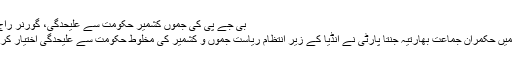
بی جے پی کی جموں کشمیر حکومت سے علیحدگی، گورنر راج کا نفاذ
بھارت میں حکمران جماعت بھارتیہ جنتا پارٹی نے انڈیا کے زیر انتظام ریاست جموں و کشمیر کی مخلوط حکومت سے علیحدگی اختیار کر لی ہے۔